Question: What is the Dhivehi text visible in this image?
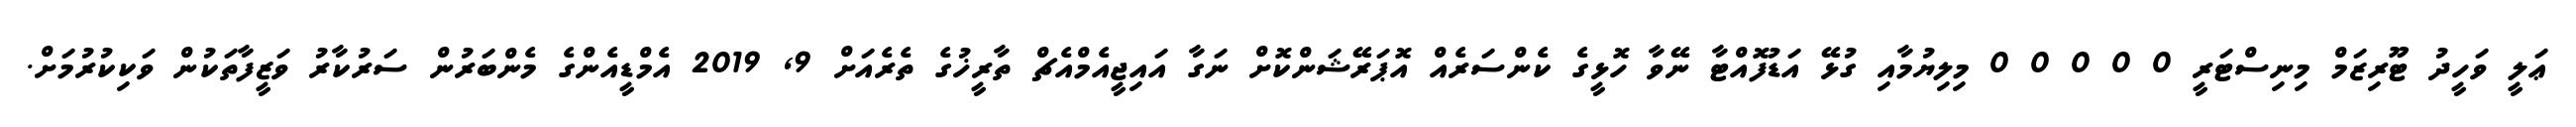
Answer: ޢަލީ ވަހީދު ޓޫރިޒަމް މިނިސްޓަރީ 0 0 0 0 0 މިލިޔުމާއި ގުޅޭ އަޑުފޮއްޓާ ނޭވާ ހޮޅީގެ ކެންސަރެއް އޮޕަރޭޝަންކޮށް ނަގާ އައިޖީއެމްއެޗް ތާރީޚުގެ ތެރެއަށް 9, 2019 އެމްޑީއެންގެ މެންބަރުން ސަރުކާރު ވަޒީފާތަކުން ވަކިކުރުމަށް.